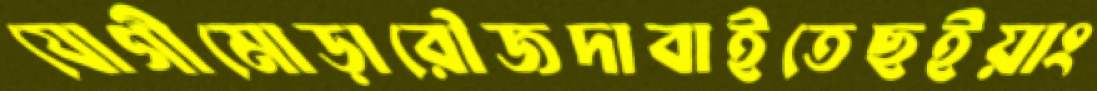
যোগীমোড়ারৌজদাবাইতেছইয়াং